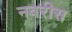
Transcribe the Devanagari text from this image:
नवरीस